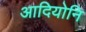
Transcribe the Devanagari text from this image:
आदियोनि